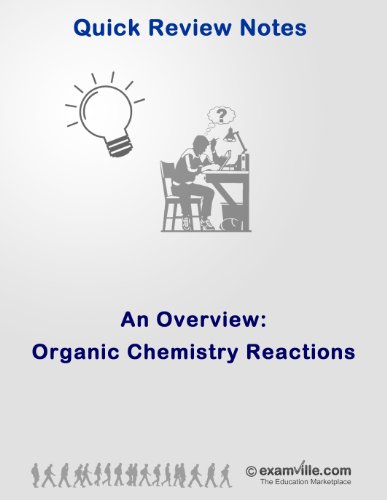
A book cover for Organic Chemistry Reactions: An Overview (Quick Review Notes); S Gupta; Test Preparation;